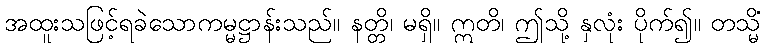
အထူးသဖြင့်ရခဲသောကမ္မဋ္ဌာန်းသည်။ နတ္တိ၊ မရှိ။ ဣတိ၊ ဤသို့ နှလုံး ပိုက်၍။ တသ္မိံ